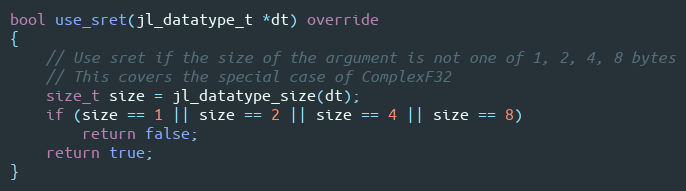
Language: C++
bool use_sret(jl_datatype_t *dt) override
{
    // Use sret if the size of the argument is not one of 1, 2, 4, 8 bytes
    // This covers the special case of ComplexF32
    size_t size = jl_datatype_size(dt);
    if (size == 1 || size == 2 || size == 4 || size == 8)
        return false;
    return true;
}